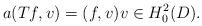
LaTeX: \begin{align*}a(Tf, v) = (f, v) v \in H_0^2(D).\end{align*}